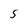
Character: 5